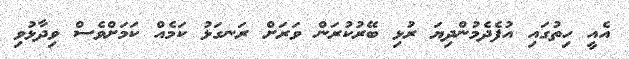
އެއީ ހިތުގައި އުފެދެމުންދިޔަ ރުޅި ބޭރުކުރަން ވަރަށް ރަނގަޅު ކަމެއް ކަމަށްވެސް ވިދާޅުވި